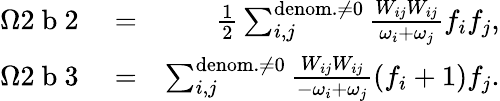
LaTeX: \begin{array}{rlr}{\Omega 2\mathrm{~b~}2}&{{}=}&{\frac{1}{2}\sum_{i,j}^{\mathrm{denom.}\neq 0}\frac{W_{ij}W_{ij}}{\omega_{i}+\omega_{j}}f_{i}f_{j},}\\ {\Omega 2\mathrm{~b~}3}&{{}=}&{\sum_{i,j}^{\mathrm{denom.}\neq 0}\frac{W_{ij}W_{ij}}{-\omega_{i}+\omega_{j}}(f_{i}+1)f_{j}.}\end{array}